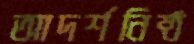
আদর্শনিষ্ঠ